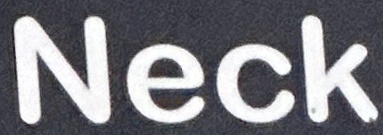
Neck